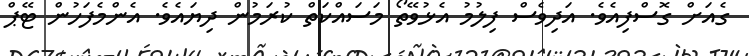
ގެއަށް ގޮސްފިއެވެ. އަދިވެސް ފިލުމު އެޅުވޭތޯ މަސައްކަތް ކުރަމުން ދިޔައެވެ. އެންމެފަހުން ޓޭޕް